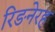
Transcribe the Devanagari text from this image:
रिङनेरह